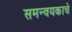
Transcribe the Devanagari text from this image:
समन्वयकाचे